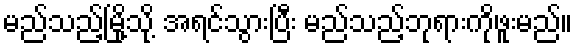
မည်သည့်မြို့သို့ အရင်သွားပြီး မည်သည့်ဘုရားကိုဖူးမည်။